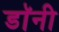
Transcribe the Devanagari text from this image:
डाॅनी